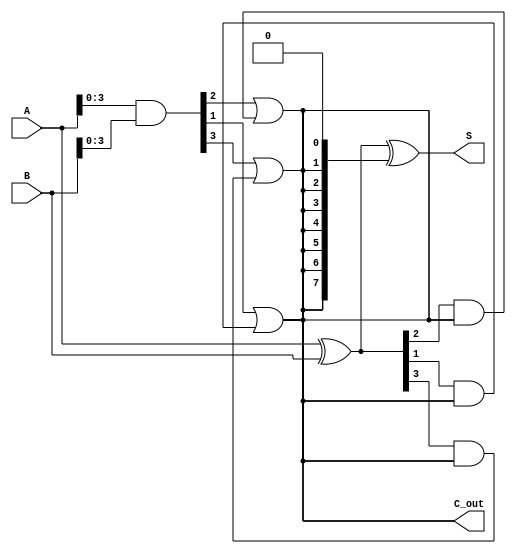
module brent_kung_adder #(
    parameter n = 8  // Width of the inputs
) (
    input  [n-1:0] A,   // Input A
    input  [n-1:0] B,   // Input B
    output [n-1:0] S,   // Sum Output
    output C_out        // Carry out
);

    wire [n-1:0] G; // Generate signals
    wire [n-1:0] P; // Propagate signals
    wire [n:0] C;   // Carry signals, C[0] is the initial carry-in (0 in this case)

    // Generate and Propagate calculations
    assign G = A & B;         // Generate: G[i] = A[i] & B[i]
    assign P = A ^ B;         // Propagate: P[i] = A[i] ^ B[i]
    assign C[0] = 1'b0;       // Initial carry input

    // Carry generation using Brent-Kung prefix network
    genvar i, j;
    generate
        // First stage
        for (i = 0; i < n/2; i = i + 1) begin
            assign C[2*i+1] = G[i] | (P[i] & C[2*i]);
            assign C[2*i+2] = G[i] | (P[i] & C[2*i]);
        end

        // Subsequent stages for remaining bits
        for (j = 1; j < n; j = j * 2) begin
            for (i = 0; i < n/(2*j); i = i + 1) begin
                assign C[(i+1)*2*j] = G[i*j] | (P[i*j] & C[i*j]);
                assign C[(i+1)*2*j + 1] = G[i*j] | (P[i*j] & C[i*j]);
            end
        end
    endgenerate

    // Sum calculation
    assign S = P ^ {C[n-1:0]}; // S[i] = P[i] ^ C[i]

    // Final carry out
    assign C_out = C[n];

endmodule